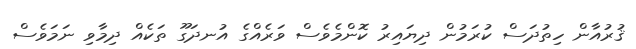
ޤުރުއާން ހިތުދަސް ކުރަމުން ދިޔައިރު ކޮންމެވެސް ވަރެއްގެ އުނދަގޫ ތަކެއް ދިމާވި ނަމަވެސް